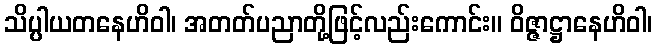
သိပ္ပါယတနေဟိဝါ၊ အတတ်ပညာတို့ဖြင့်လည်းကောင်း။ ဝိဇ္ဇာဋ္ဌာနေဟိဝါ၊